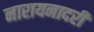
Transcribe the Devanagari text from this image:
नारायनादरी